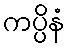
ကပ္ပိနံ